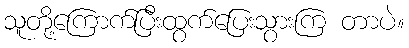
သူတို့ကြောက်ပြီးထွက်ပြေးသွားကြ တာပဲ။